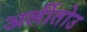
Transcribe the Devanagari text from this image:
अर्लीतोउ